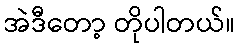
အဲဒီတော့ တိုပါတယ်။